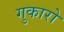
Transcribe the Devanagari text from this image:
गुकारो